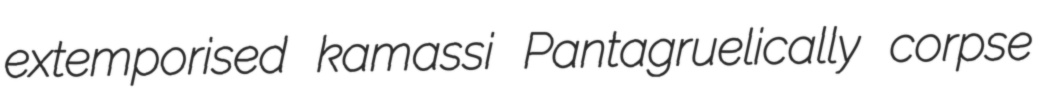
extemporised kamassi Pantagruelically corpse